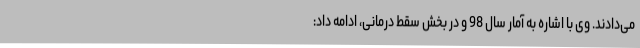
می‌دادند. وی با اشاره به آمار سال 98 و در بخش سقط درمانی، ادامه داد: